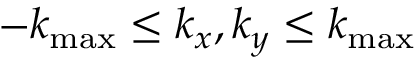
- k _ { \mathrm { m a x } } \le k _ { x } , k _ { y } \le k _ { \mathrm { m a x } }